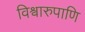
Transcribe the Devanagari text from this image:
विश्वारुपाणि